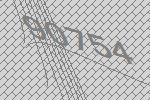
90754